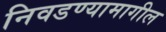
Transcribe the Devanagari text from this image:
निवडण्यामागील